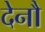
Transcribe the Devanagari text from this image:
देनौ